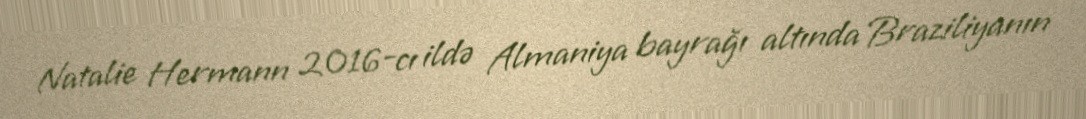
Natalie Hermann 2016-cı ildə Almaniya bayrağı altında Braziliyanın